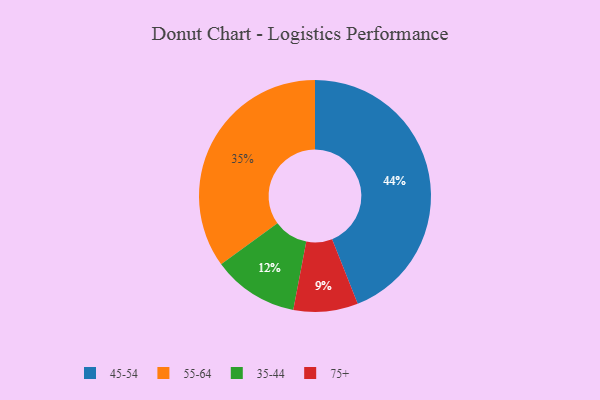
{"axis": {"x": "Category", "y": "Percentage"}, "legend": ["35-44", "45-54", "55-64", "75+"], "data": [{"x": "55-64", "y": 35, "type": "55-64"}, {"x": "75+", "y": 9, "type": "75+"}, {"x": "45-54", "y": 44, "type": "45-54"}, {"x": "35-44", "y": 12, "type": "35-44"}]}